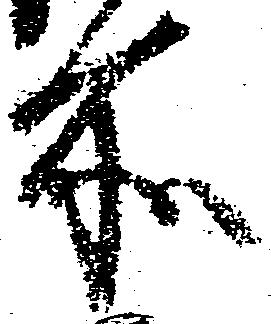
所